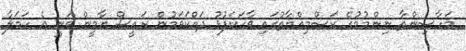
މަހާސިންތާ ނިންމުމުގެ ރަސްމިއްޔާތުގައި ވާހަކަފުޅު ދައްކަވަމުން ރައީސް ޔާމީން ވަނީ އެ ހަމަލާ